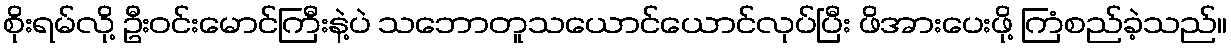
စိုးရမ်လို့ ဦးဝင်းမောင်ကြီးနဲ့ပဲ သဘောတူသယောင်ယောင်လုပ်ပြီး ဖိအားပေးဖို့ ကြံစည်ခဲ့သည်။